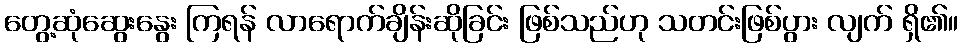
တွေ့ဆုံဆွေးနွေး ကြရန် လာရောက်ချိန်းဆိုခြင်း ဖြစ်သည်ဟု သတင်းဖြစ်ပွား လျက် ရှိ၏။